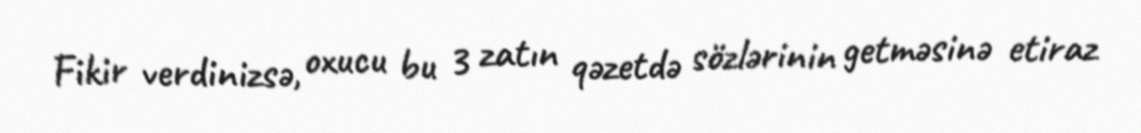
Fikir verdinizsə, oxucu bu 3 zatın qəzetdə sözlərinin getməsinə etiraz